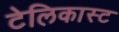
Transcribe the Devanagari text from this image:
टेलिकास्ट